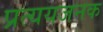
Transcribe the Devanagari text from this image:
प्रत्ययजनक